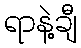
ရာနဲ့ချီ